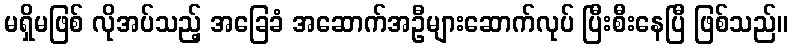
မရှိမဖြစ် လိုအပ်သည့် အခြေခံ အဆောက်အဦများဆောက်လုပ် ပြီးစီးနေပြီ ဖြစ်သည်။